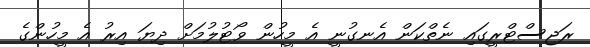
ރަޖިސްޓްރީގައި ނެތްކަން އެނގުނީ އެ މީހުން ވޯޓުލުމަށް ދިޔަ އިރު އެ މީހުންގެ